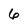
Character: 6